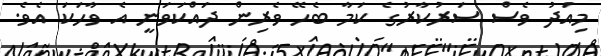
މިއަދު ވެސް ސަރުކާރުގެ ކަމާ ބެހޭ ވެރިން ދައްކަވަނީ އެ ވާހަކަ އެވެ.